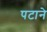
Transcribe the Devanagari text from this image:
पटाने